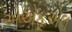
એએફએલ